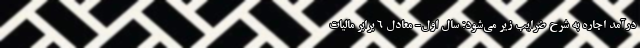
درآمد اجاره به شرح ضرایب زیر می‌شود: سال اول- معادل ۶ برابر مالیات